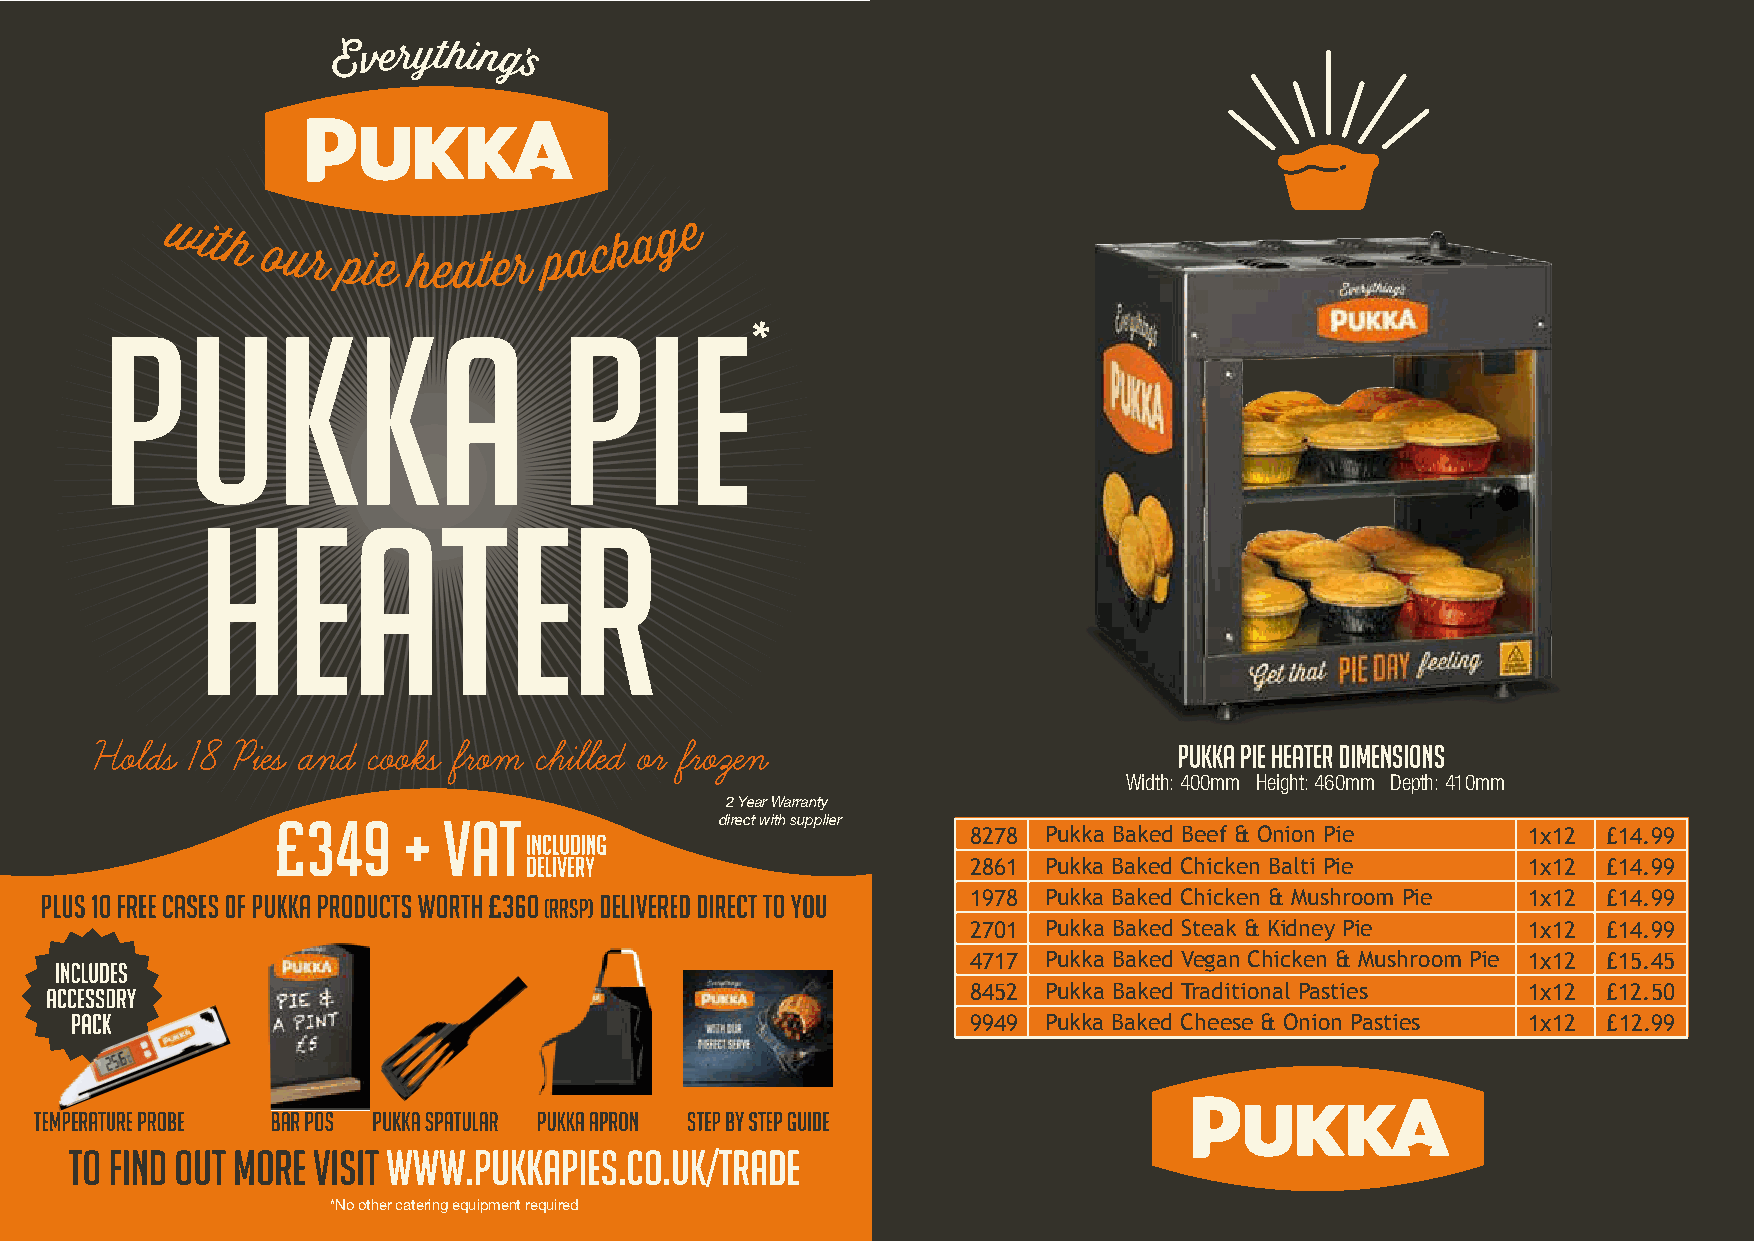
Width: 400mm Height: 460mm Depth: 410mm
 2 Year Warranty
 direct with supplier
 8278 Pukka Baked Beef & Onion Pie    1x12 £14.99
 2861 Pukka Baked Chicken Balti Pie   1x12 £14.99
 1978 Pukka Baked Chicken & Mushroom Pie 1x12 £14.99
 2701 Pukka Baked Steak & Kidney Pie  1x12 £14.99
 4717 Pukka Baked Vegan Chicken & Mushroom Pie 1x12 £15.45
 8452 Pukka Baked Traditional Pasties 1x12 £12.50
 9949 Pukka Baked Cheese & Onion Pasties 1x12 £12.99
 *No other catering equipment required